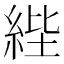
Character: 𦀘